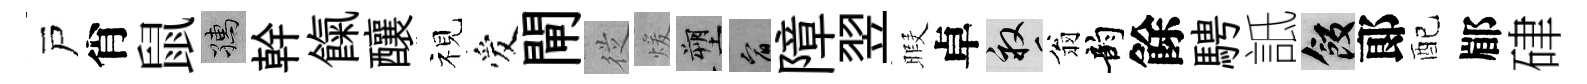
戸肖鼠孺幹餼釀视爱閘従煖塑宥障翌暇卓畝翁韵餘騁詆飯郞配郿硉